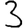
Digit: 3